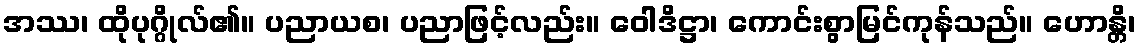
အဿ၊ ထိုပုဂ္ဂိုလ်၏။ ပညာယစ၊ ပညာဖြင့်လည်း။ ဝေါဒိဋ္ဌာ၊ ကောင်းစွာမြင်ကုန်သည်။ ဟောန္တိ၊